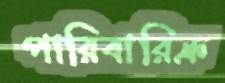
পারিবারিক্র